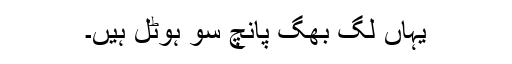
یہاں لگ بھگ پانچ سو ہوٹل ہیں۔